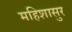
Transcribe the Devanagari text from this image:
महिशासुर